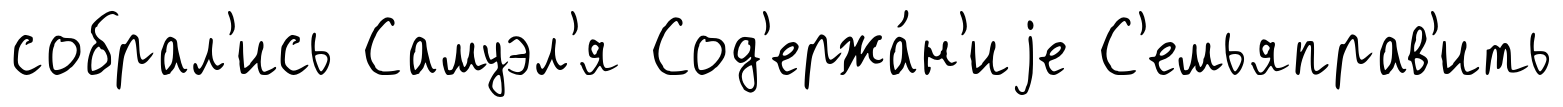
собрал'ись Самуэл'я Сод'ержа́н'иjе С'емьяправ'ить